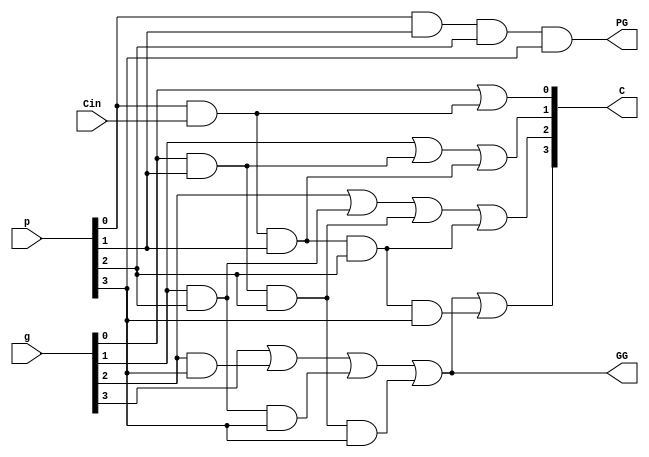
module LCU_4(
input wire [3:0]g,	// "generate carry" signals
input wire [3:0]p,	// "propagate carry" signals
input wire Cin,		// carry in
output wire [3:0]C,	// carry bit ... C[3] is carry out
output wire GG,		// group generate signal
output wire PG			// group propagate signal
);

wire temp0;
and(temp0 , p[0] , Cin );
or(C[0] , g[0] , temp0);

wire temp1 , temp2;
and(temp1 , g[0] , p[1]);
and(temp2 , Cin , p[0] , p[1]);
or(C[1] , g[1] , temp1 , temp2);

wire temp3 , temp4 , temp5;
and(temp3 , g[1] , p[2]);
and(temp4 , g[0] , p[1] , p[2]);
and(temp5 , Cin , p[0] , p[1] , p[2]);
or(C[2] , g[2] , temp3 , temp4 , temp5);

wire temp6 , temp7 , temp8, temp9;
and(temp6 , g[2] , p[3]);
and(temp7 , g[1] , p[2] , p[3]);
and(temp8 , g[0] , p[1] , p[2] , p[3]);
and(temp9 , Cin , p[0] , p[1] , p[2] , p[3]);
or(C[3] , g[3] , temp6 , temp7 , temp8 , temp9);

and(PG , p[0] , p[1] , p[2] , p[3]);

wire temp10 , temp11 , temp12;
and(temp10 , g[2] , p[3]);
and(temp11 , g[1] , p[2] , p[3]);
and(temp12 , g[0] , p[1] , p[2] , p[3]);
or(GG , g[3] , temp10 , temp11 , temp12);

endmodule